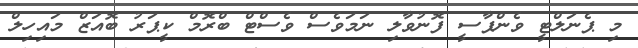
މި ޕެނަލްޓީ ވެންޕާސީ ފޮނުވާލި ނަމަވެސް ވެސްޓް ބްރޮމް ކީޕަރު ބޮއަޒް މައިހިލް